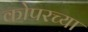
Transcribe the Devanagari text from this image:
कोपरच्या